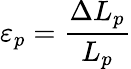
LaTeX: \varepsilon_{p}=\frac{\Delta L_{p}}{L_{p}}